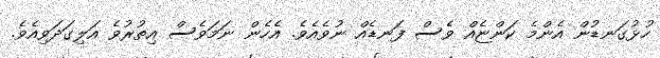
ހުޅުގަނޑުން އެންމެ ކަންޏެއް ވެސް ފަނޑެއް ނުވެއެވެ. އެހެން ނަމަވެސް އިތުރުވެ އަލިގަދަވިއެވެ.